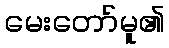
မေးတော်မူ၏